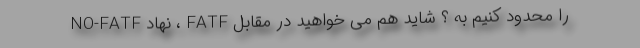
را محدود کنیم به ؟ شاید هم می خواهید در مقابل FATF ، نهاد NO-FATF